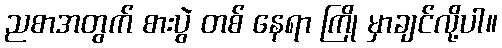
ညစာအတွက် စားပွဲ တစ် နေရာ ကြို မှာချင်လို့ပါ။